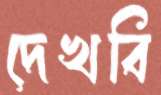
দেখবি